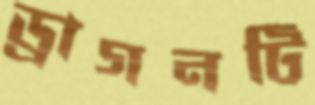
ড্রাগনটি